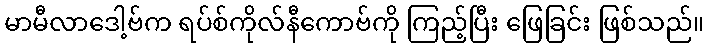
မာမီလာဒေါ့ဗ်က ရပ်စ်ကိုလ်နီကောဗ်ကို ကြည့်ပြီး ဖြေခြင်း ဖြစ်သည်။